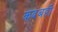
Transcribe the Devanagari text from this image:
कदंबही